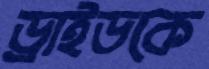
ড্রাইডকে